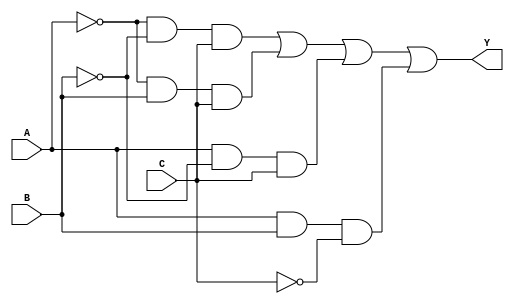
module SOP_Simplification (
    input wire A,  // Input A
    input wire B,  // Input B
    input wire C,  // Input C
    output wire Y  // Output Y
);

// Internal wire declarations for product terms
wire A_not, B_not, C_not;
wire term1, term2, term3, term4;

// NOT gates for input inversion
not (A_not, A);  // A'
not (B_not, B);  // B'
not (C_not, C);  // C'

// AND gates for each product term
and (term1, A_not, B_not, C);  // A'B'C
and (term2, A_not, B, C);      // A'BC
and (term3, A, B_not, C);      // AB'C
and (term4, A, B, C_not);      // ABC'

// OR gate to combine all product terms
or (Y, term1, term2, term3, term4);  // Y = A'B'C + A'BC + AB'C + ABC'

// Testbench can be added here for validation

endmodule